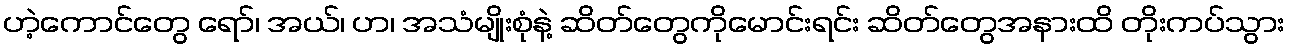
ဟဲ့ကောင်တွေ ရော်၊ အယ်၊ ဟ၊ အသံမျိုးစုံနဲ့ ဆိတ်တွေကိုမောင်းရင်း ဆိတ်တွေအနားထိ တိုးကပ်သွား